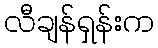
လီချန်ရှန်းက